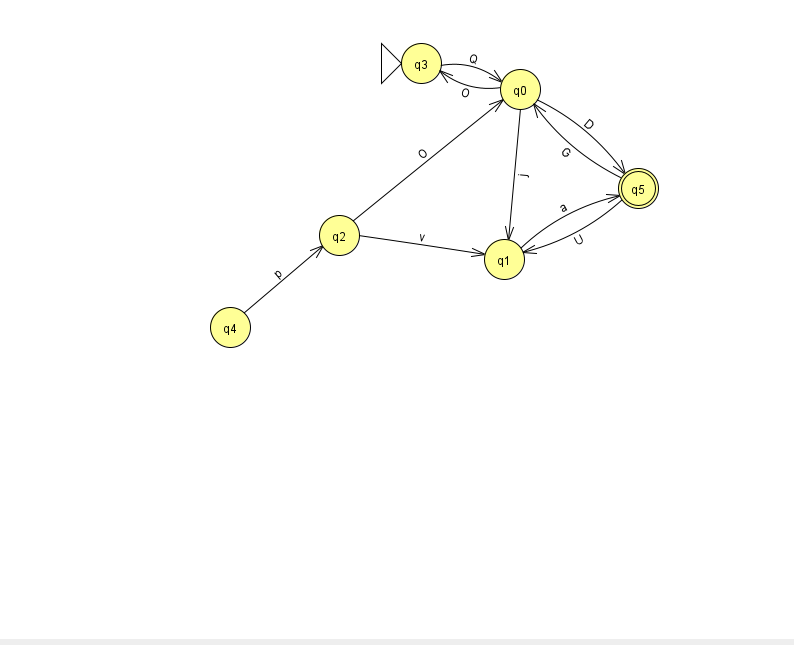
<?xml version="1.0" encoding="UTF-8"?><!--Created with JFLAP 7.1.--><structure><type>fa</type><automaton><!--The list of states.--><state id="0" name="q0"><x>520.0</x><y>76.0</y></state><state id="1" name="q1"><x>504.0</x><y>246.0</y></state><state id="2" name="q2"><x>339.0</x><y>222.0</y></state><state id="3" name="q3"><x>421.0</x><y>50.0</y><initial/></state><state id="4" name="q4"><x>230.0</x><y>314.0</y></state><state id="5" name="q5"><x>638.0</x><y>175.0</y><final/></state><!--The list of transitions.--><transition><from>4</from><to>2</to><read>p</read></transition><transition><from>5</from><to>1</to><read>U</read></transition><transition><from>0</from><to>5</to><read>D</read></transition><transition><from>3</from><to>0</to><read>Q</read></transition><transition><from>1</from><to>5</to><read>a</read></transition><transition><from>2</from><to>0</to><read>O</read></transition><transition><from>5</from><to>0</to><read>G</read></transition><transition><from>0</from><to>3</to><read>O</read></transition><transition><from>2</from><to>1</to><read>v</read></transition><transition><from>0</from><to>1</to><read>j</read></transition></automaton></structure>